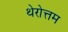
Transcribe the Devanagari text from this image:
थेरोत्तम